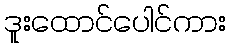
ဒူးထောင်ပေါင်ကား